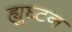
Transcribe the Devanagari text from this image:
ह्युघ्टन